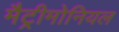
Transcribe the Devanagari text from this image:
मैट्रीमोनियल